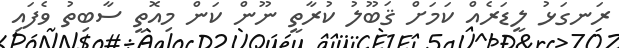
ރަނގަޅު ލީޑަރެއް ކަމަށް ޤަބޫލު ކުރާތީ ނޫން ކަން މިއޮތީ ސާބިތު ވެފައި